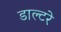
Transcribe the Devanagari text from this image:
डाल्टरे